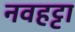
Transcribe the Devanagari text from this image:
नवहट्टा